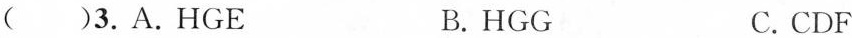
( )3.A.HGE B.HGG C.CDF